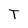
Character: T